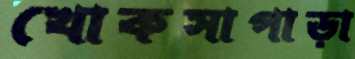
খোকসাপাড়া